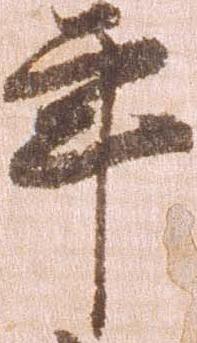
年